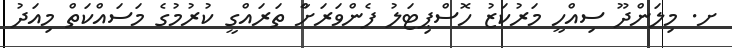
ށ. މިލަންދޫ ސިއްހީ މަރުކަޒު ހޮސްޕިޓަލު ފެންވަރަށާް ތަރައްގީ ކުރުމުގެ މަސައްކަތް މިއަދު